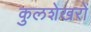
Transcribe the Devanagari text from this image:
कुलशेखरों